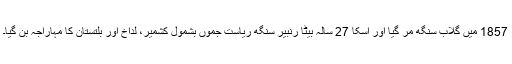
1857 میں گلاب سنگھ مر گیا اور اسکا 27 سالہ بیٹا رنبیر سنگھ ریاست جموں بشمول کشمیر، لداخ اور بلتستان کا مہاراجہ بن گیا۔